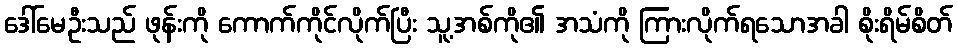
ဒေါ်မေဦးသည် ဖုန်းကို ကောက်ကိုင်လိုက်ပြီး သူ့အစ်ကို၏ အသံကို ကြားလိုက်ရသောအခါ စိုးရိမ်စိတ်